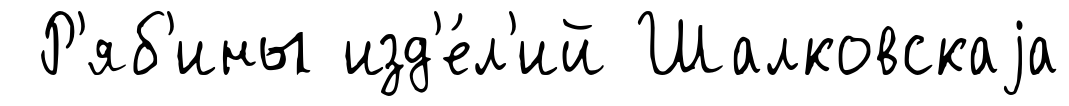
Р'яб'ины изд'е́л'ий Шалковскаjа